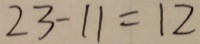
2 3 - 1 1 = 1 2